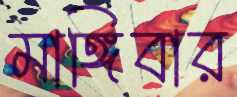
মাঙ্গিবার